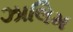
ઝાલિમ